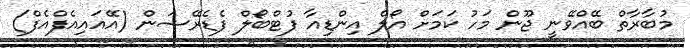
މުބާރާތް ބޭއްވޭނީ ޖޫން މަހު ކަމަށް އޯލް އިންޑިއާ ފުޓްބޯލް ފެޑެރޭޝަން (އޭއައިއެފްއެފް)